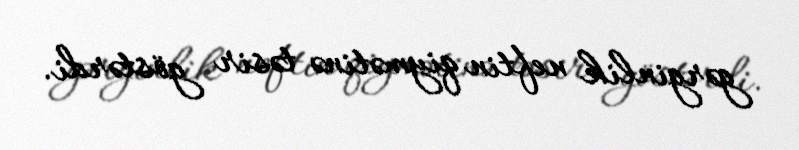
gərginlik neftin qiymətinə təsir göstərdi.